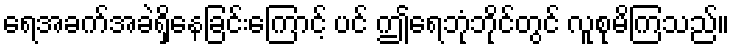
ရေအခက်အခဲရှိနေခြင်းကြောင့် ပင် ဤရေဘုံဘိုင်တွင် လူစုမိကြသည်။